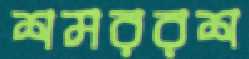
শমররশ